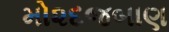
મો૨દજબાણ